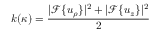
k ( \kappa ) = \frac { | \mathcal { F } \{ u _ { \rho } \} | ^ { 2 } + | \mathcal { F } \{ u _ { z } \} | ^ { 2 } } { 2 }